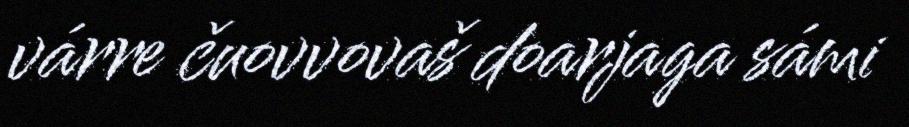
várre čuovvovaš doarjaga sámi